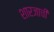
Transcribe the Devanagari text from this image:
शारजाची